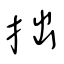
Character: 拙